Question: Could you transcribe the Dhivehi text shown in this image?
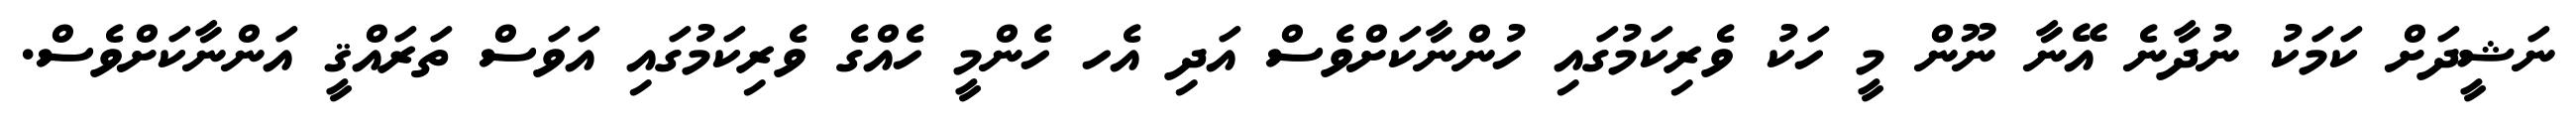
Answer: ނަޝީދަށް ކަމަކު ނުދާނެ އޭނާ ނޫން މީ ހަކު ވެރިކަމުގައި ހުންނާކަށްވެސް އަދި އެހ ހެންމީ ހެއްގެ ވެރިކަމުގައި އަވަސް ތަރައްޤީ އަންނާކަށްވެސް.